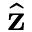
\hat { \mathbf { z } }